Report of the Indian Hemp Drugs Commission, 1894-1895 - Volume VII
Year: 1894
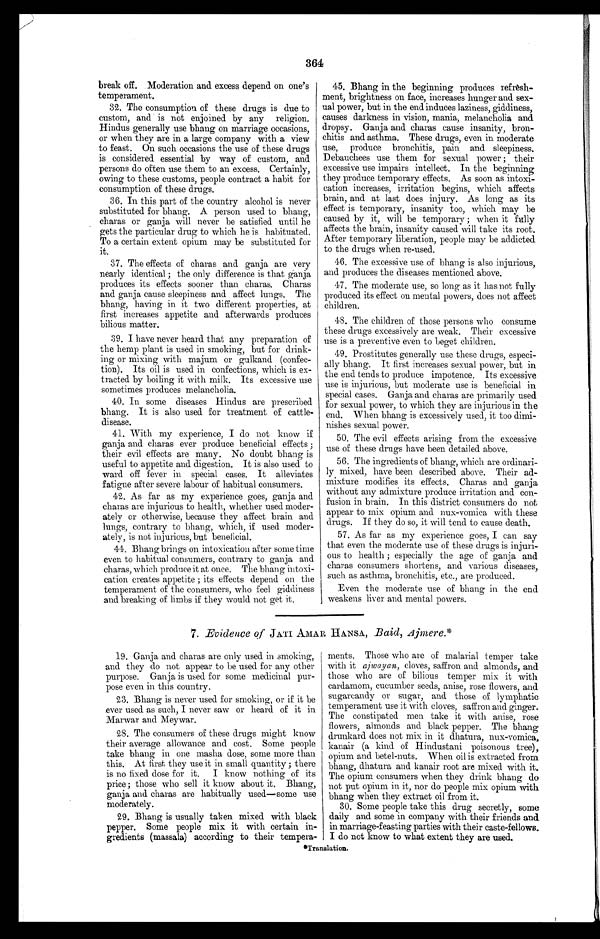
364
break off. . Moderation and excess depend on one's
temperament.
32. The consumption of these drugs is due to
custom, and is not enjoined by any religion.
Hindus generally use bhang on marriage occasions,
or when they are in a large company with a view
to feast. On such occasions the use of these drugs
is considered essential by way of custom, and
persons do often use them to an excess. Certainly,
owing to these customs, people contract a habit for
consumption of these drugs.
36.In this part of the country alcohol is never
substituted for bhang. A person used to bhang,
charas or ganja will never be satisfied until he
gets the particular drug to which he is habituated.
To a certain extent opium may be substituted for
it.
37.The effects of charas and ganja are very
nearly identical ; the only difference is that ganja
produces its effects sooner than charas. Charas
and ganja cause sleepiness and affect lungs. The
bhang, having in it two different properties, at
first increases appetite and afterwards produces
bilious matter.
39.I have never heard that any preparation of
the hemp plant is used in smoking, but for drink-
ing or mixing with majum or gulkand (confec-
tion). Its oil is used in confections, which is ex-
tracted by boiling it with milk. Its excessive use
sometimes produces melancholia.
40.In some diseases Hindus are prescribed
bhang. It is also used for treatment of cattle-
disease.
41.With my experience, I do not know if
ganja and charas ever produce beneficial effects ;
their evil effects are many. No doubt bhang is
useful to appetite and digestion. It is also used to
ward off fever in special cases. It alleviates
fatigue after severe labour of habitual consumers.
42.As far as my experience goes, ganja and
charas are injurious to health, whether used moder-
ately or otherwise, because they affect brain and
lungs, contrary to bhang, which, if used moder-
ately, is not injurious, but beneficial.
44. Bhang brings on intoxication after some time
even to habitual consumers, contrary to ganja and
charas, which produce it at once. The bhang intoxi-
cation creates appetite ; its effects depend on the
temperament of the consumers, who feel giddiness
and breaking of limbs if they would not get it.
45.Bhang in the beginning produces refresh-
ment, brightness on face, increases hunger and sex-
ual power, but in the endinduces laziness, giddiness,
causes darkness in vision, mania, melancholia and
dropsy. Ganja and charas cause insanity, bron-
chitis and asthma. These drugs, even in moderate
use, produce bronchitis, pain and sleepiness.
Debauchees use them for sexual power ; their
excessive use impairs intellect. In the beginning
they produce temporary effects. As soon as intoxi-
cation increases, irritation begins, which affects
brain, and at last does injury. As long as its
effect is temporary, insanity too, which may be
caused by it, will be temporary ; when it fully
affects the brain, insanity caused will take its root.
After temporary liberation, people may be addicted
to the drugs when re-used.
46.The excessive use of bhang is also injurious,
and produces the diseases mentioned above.
47.The moderate use, so long as it has not fully
produced its effect on mental powers, does not affect
children.
48.The children of those persons who consume
these drugs excessively are weak. Their excessive
use is a preventive even to beget children.
49.Prostitutes generally use these drugs, especi-
ally bhang. It first increases sexual power, but in
the end tends to produce impotence. Its excessive
use is injurious, but moderate use is beneficial in
special cases. Ganja and charas are primarily used
for sexual power, to which they are injurious in the
end. When bhang is excessively used, it too dimi-
nishes sexual power.
50.The evil effects arising from the excessive
use of these drugs have been detailed above.
56.The ingredients of bhang, which are ordinari-
ly mixed, have been described above. Their ad-
mixture modifies its effects. Charas and ganja
without any admixture produce irritation and con-
fusion in brain. In this district consumers do not
appear to mix opium and nux-vomica with these
drugs. If they do so, it will tend to cause death.
57.As far as my experience goes, I can say
that even the moderate use of these drugs is injuri-
ous to health ; especially the age of ganja and
charas consumers shortens, and. various diseases,
such as asthma, bronchitis, etc., are produced.
Even the moderate use of bhang in the end
weakens liver and mental powers.
7. Evidence of JATI AMAR HANSA, .Baid, Ajmere.*
19. Ganja and charas are only used in smoking,
and they do not appear to be used for any other
purpose. Ganja is used for some medicinal pur-
pose even in this country.
23. Bhang is never used for smoking, or if it be
.ever used as such, I never saw or heard of it in
Marwar and Meywar.
28. The consumers of these drugs might know
their average allowance and cost. Some people
take bhang in one masha dose, some more than
this. At first they use it in small quantity ; there
is no fixed dose for it. I know nothing of its
price ; those who sell it know about it. Bhang,
ganja and charas are habitually used—some use
moderately.
29. Bhang is usually taken mixed with black
pepper. Some people mix it with certain in-
gredients (massala) according to their tempera-
ments. Those who are of malarial temper take
with it ajwayan, cloves, saffron and almonds, and
those who are of bilious temper mix it with
cardamom, cucumber seeds, anise, rose flowers, and
sugarcandy or sugar, and those of lymphatic
temperament use it with cloves, saffron and ginger.
The constipated men take it with anise, rose
flowers, almonds and black pepper. The bhang
drunkard does not mix in it dhatura, nux-vomica,
kanair (a kind of Hindustani poisonous tree),
opium and betel-nuts. When oil is extracted from
bhang dhatura and kanair root are mixed with it.
The opium consumers when they drink bhang do
not put opium in it, nor do people mix opium with
bhang when they extract oil from it.
30.Some people take this drug secretly, some
daily and some in company with their friends and.
in marriage-feasting parties with their caste-fellows.
I do not know to what extent they are used.
* T r a n s l a t i o n .
•Tranelation.